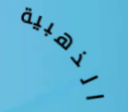
الذهبية